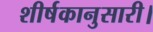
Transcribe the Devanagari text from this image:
शीर्षकानुसारी।